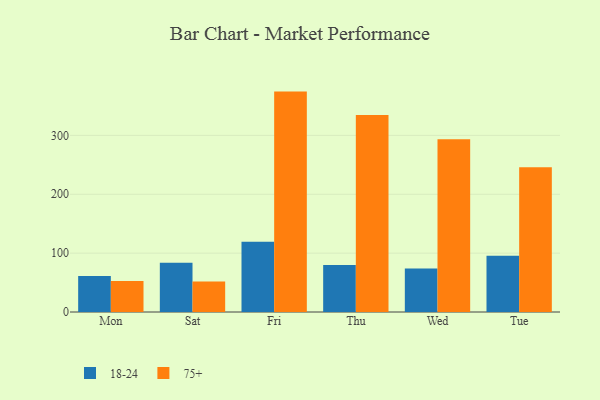
{"axis": {"x": "Day", "y": "Population (Million)"}, "legend": ["18-24", "75+"], "data": [{"x": "Mon", "y": 61.0, "type": "18-24"}, {"x": "Mon", "y": 52.8, "type": "75+"}, {"x": "Sat", "y": 83.6, "type": "18-24"}, {"x": "Sat", "y": 51.7, "type": "75+"}, {"x": "Fri", "y": 119.2, "type": "18-24"}, {"x": "Fri", "y": 374.4, "type": "75+"}, {"x": "Thu", "y": 79.8, "type": "18-24"}, {"x": "Thu", "y": 334.6, "type": "75+"}, {"x": "Wed", "y": 73.7, "type": "18-24"}, {"x": "Wed", "y": 293.6, "type": "75+"}, {"x": "Tue", "y": 95.5, "type": "18-24"}, {"x": "Tue", "y": 245.9, "type": "75+"}]}